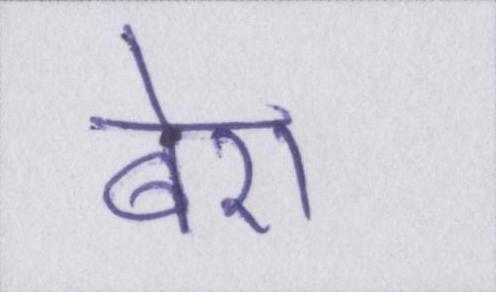
बेरा